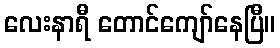
လေးနာရီ တောင်ကျော်နေပြီ။